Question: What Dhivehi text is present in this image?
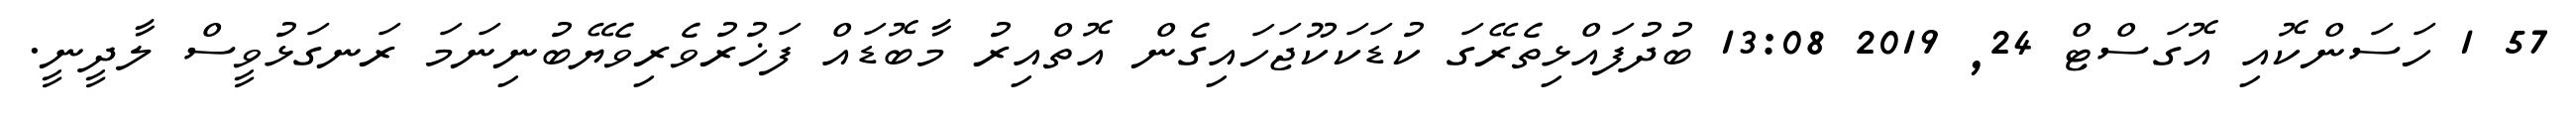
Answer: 57 1 ހަސަންކޮއި އޮގަސްޓް 24, 2019 13:08 ބުދުފައްޅިތެރޭގަ ކުޑަކަކޫޖަހައިގެން އޮތްއިރު މާބޮޑައް ފަޚުރުވެރިވެޔޭބުނިނަމަ ރަނގަޅުވީސް ލާދީނީ.